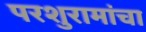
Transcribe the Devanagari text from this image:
परशुरामांचा